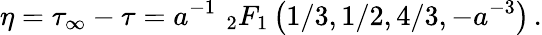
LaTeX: \eta=\tau_{\infty}-\tau=a^{-1}\, \, {}_{2}F_{1}\left({1}/{3},{1}/{2},{4}/{3},-a^{-3}\right)\, .